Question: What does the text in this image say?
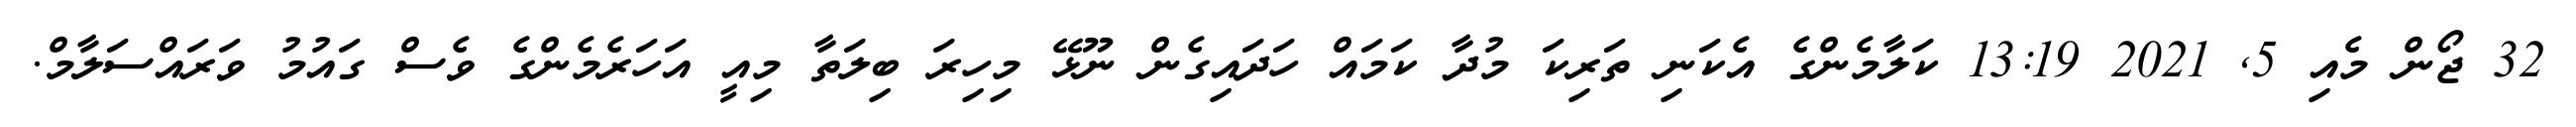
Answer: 32 ޖޯން މެއި 5, 2021 13:19 ކަލާމެންގެ އެކަނި ތަރިކަ މުދާ ކަމައް ހަދައިގެން ނޫޅޭ މިހިރަ ބިލަތާ މިއީ އަހަރެމެންގެ ވެސް ގައުމު ވަރައްސަލާމް.